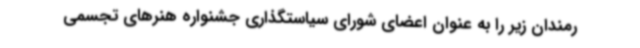
رمندان زیر را به عنوان اعضای شورای سیاستگذاری جشنواره هنرهای تجسمی